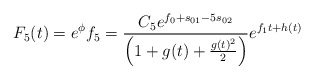
\begin{align*}F_{5}(t)=e^{\phi}f_{5}=\frac{C_{5}e^{f_{0}+s_{01}-5s_{02}}}{\Big{(}1+g(t)+\frac{g(t)^{2}}{2}\Big{)}} e^{f_{1}t+h(t)}\end{align*}